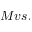
M v s .